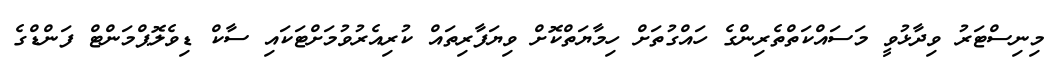
މިނިސްޓަރު ވިދާޅުވީ މަސައްކަތްތެރިންގެ ހައްގުތަށް ހިމާޔަތްކޮށް ވިޔަފާރިތައް ކުރިއެރުވުމަށްޓަކައި ސާކް ޑިވެލޮޕްމަންޓް ފަންޑްގެ